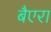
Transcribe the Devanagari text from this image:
बैएरा